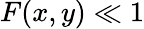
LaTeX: F(x,y)\ll 1